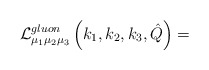
\begin{align*}{\cal L}^{gluon}_{\mu_1\mu_2\mu_3}\left(k_1,k_2,k_3,\hat Q\right)=\end{align*}